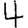
Digit: 4